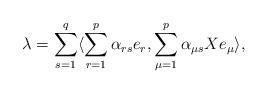
LaTeX: \begin{align*}\lambda= \sum_{s=1}^q\langle \sum_{r=1}^p \alpha_{rs} e_r,\sum_{\mu=1}^p \alpha_{\mu s} X e_{\mu}\rangle,\end{align*}